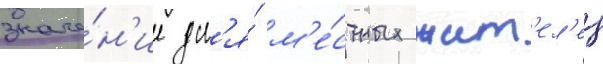
значе́н'ие дл'я́ м'е́стных жит'ел'еи